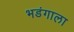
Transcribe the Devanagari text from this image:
भडंगाला